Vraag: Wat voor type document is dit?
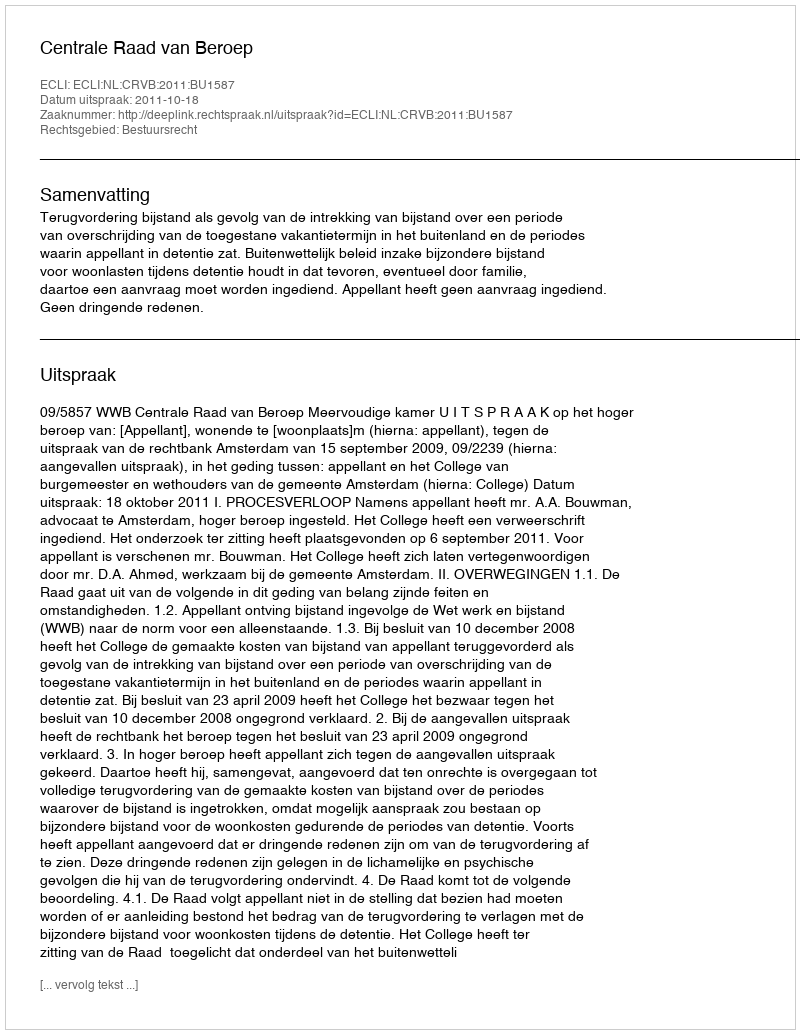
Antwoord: Uitspraak